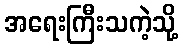
အရေးကြီးသကဲ့သို့